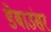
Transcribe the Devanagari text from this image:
डेबाउंसर